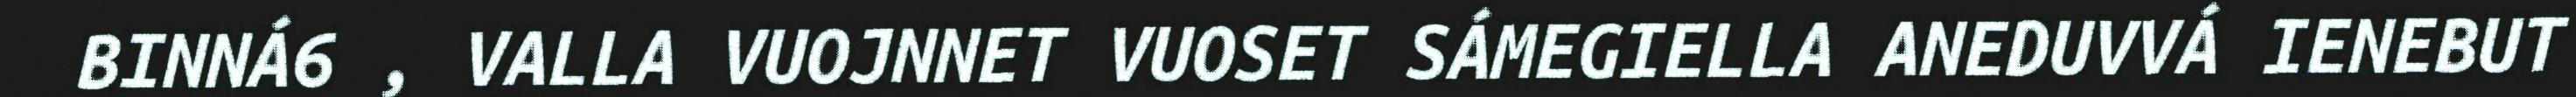
BINNÁ6 , VALLA VUOJNNET VUOSET SÁMEGIELLA ANEDUVVÁ IENEBUT